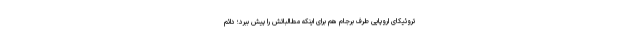
تروئیکای اروپایی طرف برجام هم برای اینکه مطالباتش را پیش ببرد؛ دائم